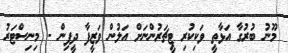
މޫނު ބުރުގާ އަޅާތީ ވަކިކުރި ޓީޗަރުންނަށް އަލުން ވަޒީފާ ދީފިން - މިނިސްޓަރު